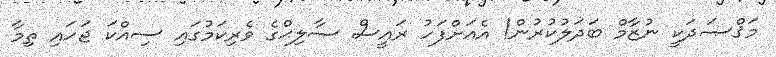
މަޤްޞަދަކީ ނުޒާމް ބަދަލުކުރުން! އެއަށްފަހު ރައީސް ޞާލިޙްގެ ވެރިކަމުގައި ސިއްކަ ޖަހައި ތިމާ